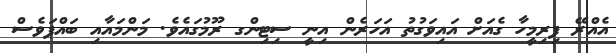
އެއްރޭ ފިރިމީހާ ގެއަށް އައިވަގުތު އަހަރެން އިނީ ސިޓިންގ ރޫމުގައެވެ. މަންމައާއި ބައްޕަވެސް